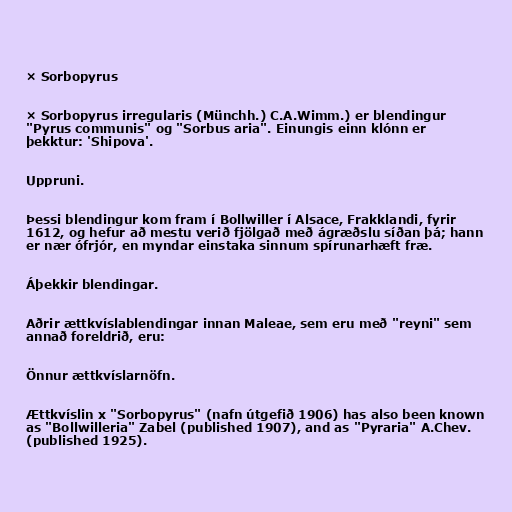
× Sorbopyrus

× Sorbopyrus irregularis (Münchh.) C.A.Wimm.) er blendingur
"Pyrus communis" og "Sorbus aria". Einungis einn klónn er
þekktur: 'Shipova'.

Uppruni.

Þessi blendingur kom fram í Bollwiller í Alsace, Frakklandi, fyrir
1612, og hefur að mestu verið fjölgað með ágræðslu síðan þá; hann
er nær ófrjór, en myndar einstaka sinnum spírunarhæft fræ.

Áþekkir blendingar.

Aðrir ættkvíslablendingar innan Maleae, sem eru með "reyni" sem
annað foreldrið, eru:

Önnur ættkvíslarnöfn.

Ættkvíslin x "Sorbopyrus" (nafn útgefið 1906) has also been known
as "Bollwilleria" Zabel (published 1907), and as "Pyraria" A.Chev.
(published 1925).